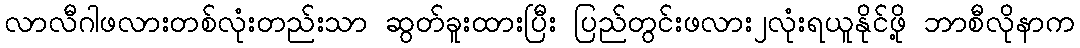
လာလီဂါဖလားတစ်လုံးတည်းသာ ဆွတ်ခူးထားပြီး ပြည်တွင်းဖလား၂လုံးရယူနိုင်ဖို့ ဘာစီလိုနာက